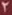
2